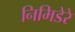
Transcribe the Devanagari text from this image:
निमिडेरे